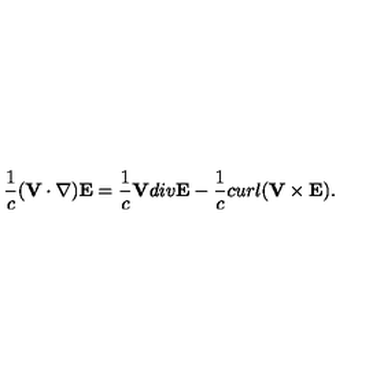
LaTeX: \frac { 1 } { c } ( { \bf V } \cdot \nabla ) { \bf E } = \frac { 1 } { c } { \bf V } d i v { \bf E } - \frac { 1 } { c } c u r l ( { \bf V } \times { \bf E } ) .